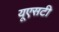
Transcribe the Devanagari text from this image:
यूएसटी